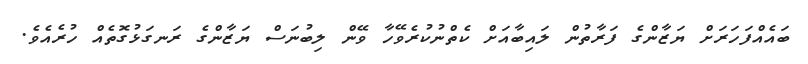
ބައެއްފަހަރަށް ޔަޒާންގެ ފަރާތުން ލައިބާއަށް ކެތްނުކުރެވޭހާ ވޭން ލިބުނަސް ޔަޒާންގެ ރަނގަޅުގޮތެއް ހުރެއެވެ.